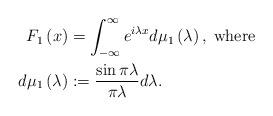
LaTeX: \begin{align*}F_{1}\left(x\right) & =\int_{-\infty}^{\infty}e^{i\lambda x}d\mu_{1}\left(\lambda\right),\;\mbox{where}\\d\mu_{1}\left(\lambda\right) & :=\frac{\sin\pi\lambda}{\pi\lambda}d\lambda.\end{align*}